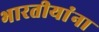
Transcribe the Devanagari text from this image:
भारतीयांंना